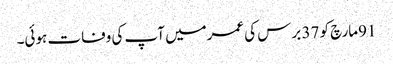
91مارچ کو 37 برس کی عمرمیں آپ کی وفات ہوئی۔